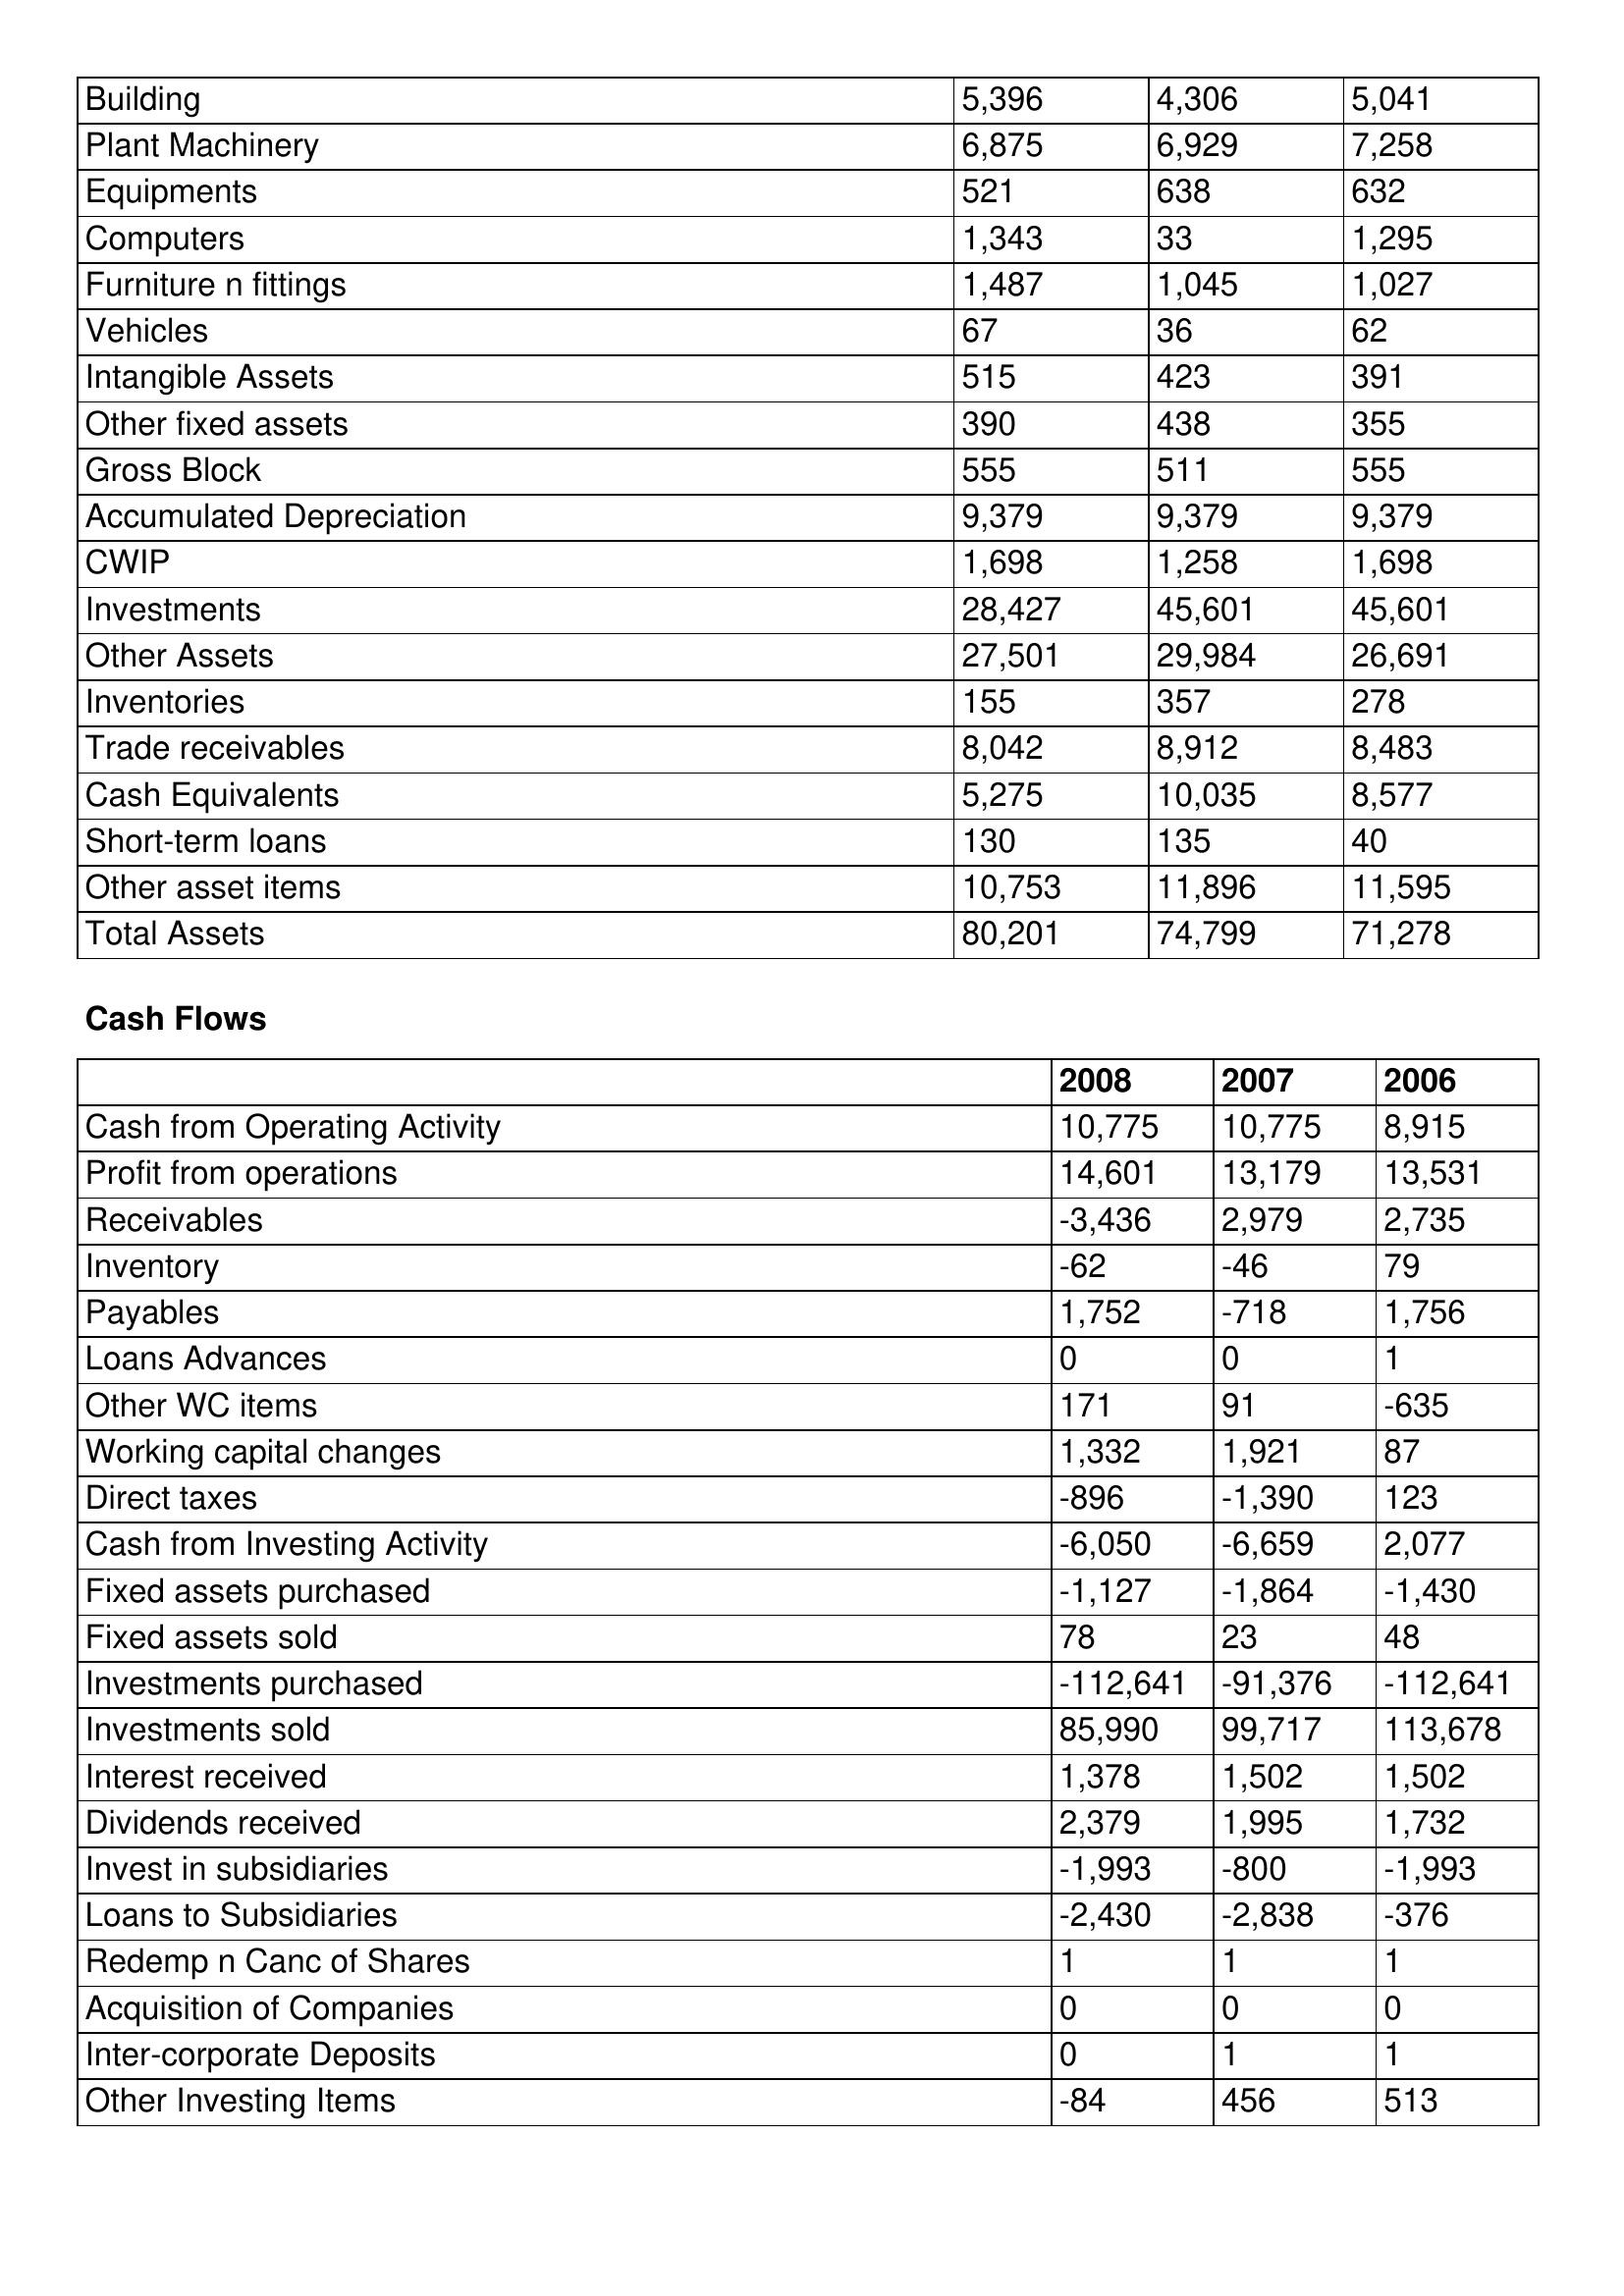
gt_parse: 2008: Balance Sheet: Building: 5,396
Plant Machinery: 6,875
Equipments: 521
Computers: 1,343
Furniture n fittings: 1,487
Vehicles: 67
Intangible Assets: 515
Other fixed assets: 390
Gross Block: 555
Accumulated Depreciation: 9,379
CWIP: 1,698
Investments: 28,427
Other Assets: 27,501
Inventories: 155
Trade receivables: 8,042
Cash Equivalents: 5,275
Short-term loans: 130
Other asset items: 10,753
Total Assets: 80,201
Cash Flows: Cash from Operating Activity: 10,775
Profit from operations: 14,601
Receivables: -3,436
Inventory: -62
Payables: 1,752
Loans Advances: 0
Other WC items: 171
Working capital changes: 1,332
Direct taxes: -896
Cash from Investing Activity: -6,050
Fixed assets purchased: -1,127
Fixed assets sold: 78
Investments purchased: -112,641
Investments sold: 85,990
Interest received: 1,378
Dividends received: 2,379
Invest in subsidiaries: -1,993
Loans to Subsidiaries: -2,430
Redemp n Canc of Shares: 1
Acquisition of Companies: 0
Inter-corporate Deposits: 0
Other Investing Items: -84
2007: Balance Sheet: Building: 4,306
Plant Machinery: 6,929
Equipments: 638
Computers: 33
Furniture n fittings: 1,045
Vehicles: 36
Intangible Assets: 423
Other fixed assets: 438
Gross Block: 511
Accumulated Depreciation: 9,379
CWIP: 1,258
Investments: 45,601
Other Assets: 29,984
Inventories: 357
Trade receivables: 8,912
Cash Equivalents: 10,035
Short-term loans: 135
Other asset items: 11,896
Total Assets: 74,799
Cash Flows: Cash from Operating Activity: 10,775
Profit from operations: 13,179
Receivables: 2,979
Inventory: -46
Payables: -718
Loans Advances: 0
Other WC items: 91
Working capital changes: 1,921
Direct taxes: -1,390
Cash from Investing Activity: -6,659
Fixed assets purchased: -1,864
Fixed assets sold: 23
Investments purchased: -91,376
Investments sold: 99,717
Interest received: 1,502
Dividends received: 1,995
Invest in subsidiaries: -800
Loans to Subsidiaries: -2,838
Redemp n Canc of Shares: 1
Acquisition of Companies: 0
Inter-corporate Deposits: 1
Other Investing Items: 456
2006: Balance Sheet: Building: 5,041
Plant Machinery: 7,258
Equipments: 632
Computers: 1,295
Furniture n fittings: 1,027
Vehicles: 62
Intangible Assets: 391
Other fixed assets: 355
Gross Block: 555
Accumulated Depreciation: 9,379
CWIP: 1,698
Investments: 45,601
Other Assets: 26,691
Inventories: 278
Trade receivables: 8,483
Cash Equivalents: 8,577
Short-term loans: 40
Other asset items: 11,595
Total Assets: 71,278
Cash Flows: Cash from Operating Activity: 8,915
Profit from operations: 13,531
Receivables: 2,735
Inventory: 79
Payables: 1,756
Loans Advances: 1
Other WC items: -635
Working capital changes: 87
Direct taxes: 123
Cash from Investing Activity: 2,077
Fixed assets purchased: -1,430
Fixed assets sold: 48
Investments purchased: -112,641
Investments sold: 113,678
Interest received: 1,502
Dividends received: 1,732
Invest in subsidiaries: -1,993
Loans to Subsidiaries: -376
Redemp n Canc of Shares: 1
Acquisition of Companies: 0
Inter-corporate Deposits: 1
Other Investing Items: 513